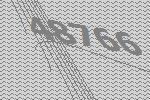
48766